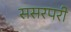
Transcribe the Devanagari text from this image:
ससरपरी